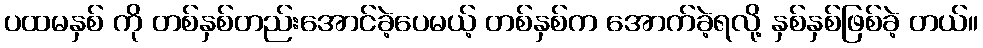
ပထမနှစ် ကို တစ်နှစ်တည်းအောင်ခဲ့ပေမယ့် တစ်နှစ်က အောက်ခဲ့ရလို့ နှစ်နှစ်ဖြစ်ခဲ့ တယ်။